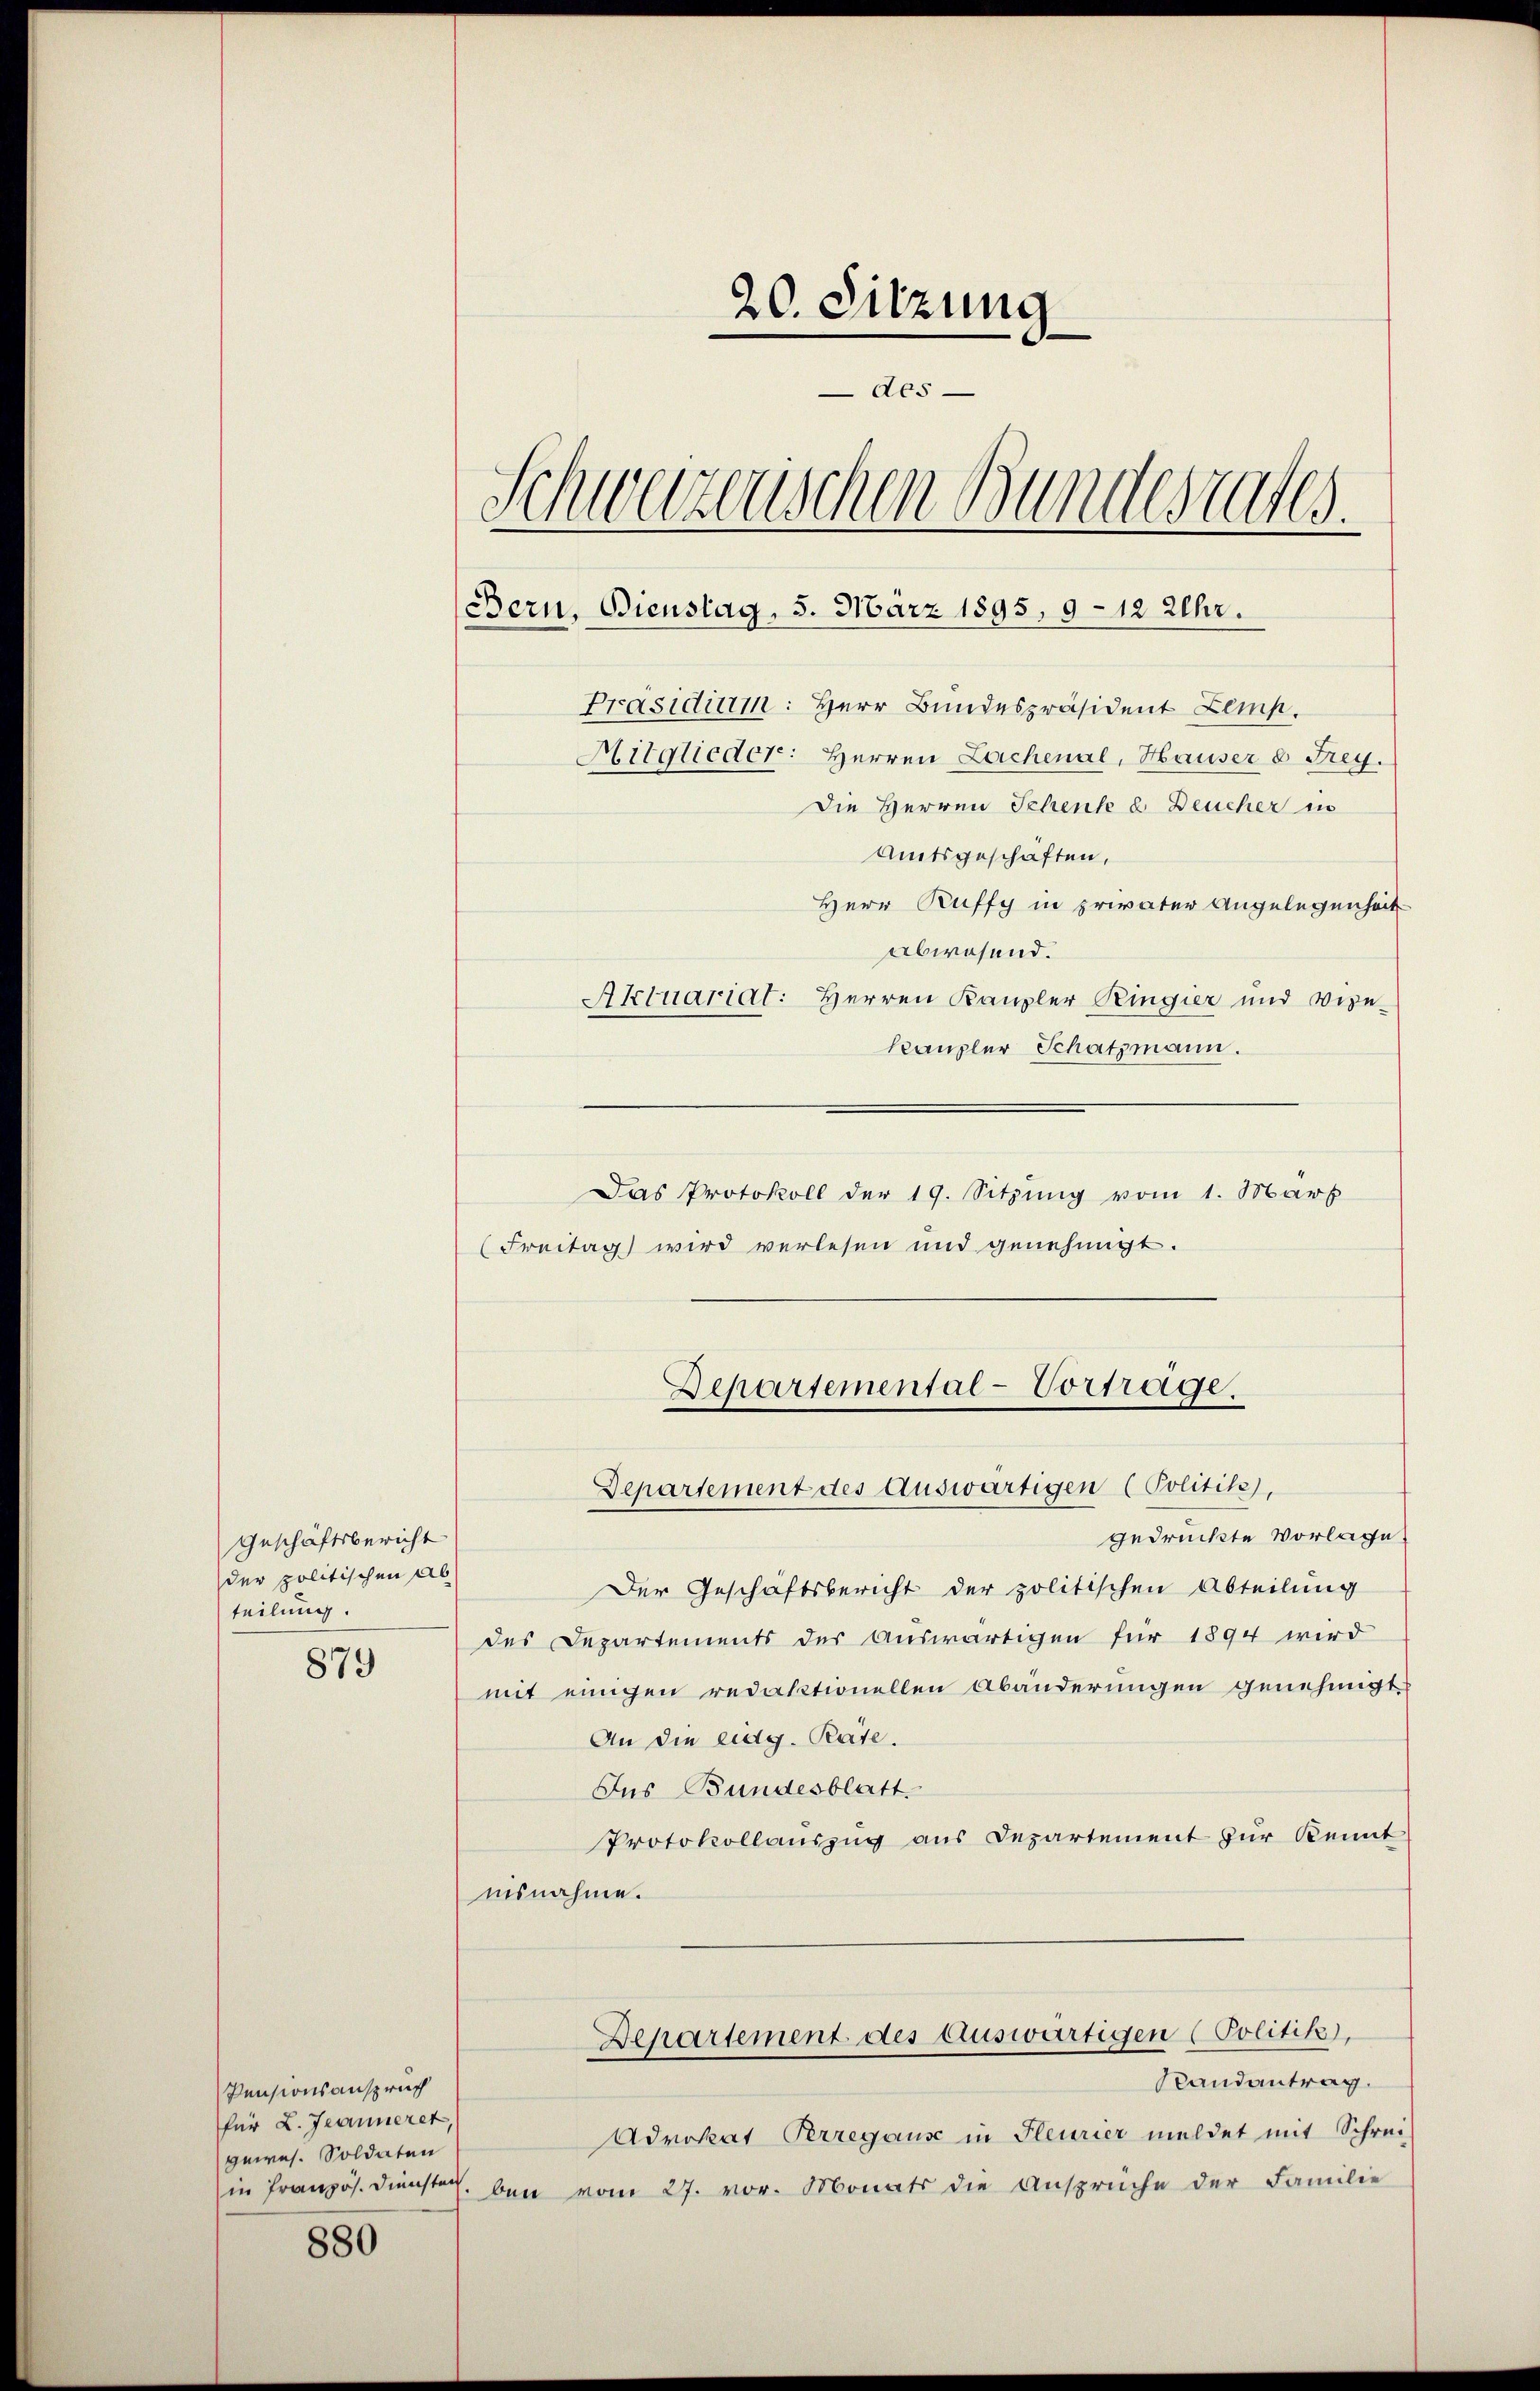
Geschäftsbericht
der politischen Ab
teilung.

879

Pensionsanspruch
für 2. Jeanneret,
gewes. Soldaten
in Französ. Diensten

880

20. Sitzung
des.
Schweizerischen Bundesrates.
Bern, Bienstag, 5. März 1895, 9 - 12 Uhr.
Präsidium: Herr Bundespräsident Zemp.
Mitglieder: Herren Lachenal, Hauser 8 Frey.
Die Herren Schenk & Deucher in
Amtsgeschaften,

Herr Ruffy in privater Angelegenheit
abwesend.
Aktuariat: Herren Kanzler Ringier und Vize-
kanzler Schatzmann.
Das Protokoll der 19. Sitzung vom 1. März
(Freitag wird verlesen und genehmigt.

gedrückte Vorlage.
Der Geschäftsbericht der politischen Abteilung
des Departements der Auswärtigen für 1894 wird
mit einigen redaktionellen Abänderungen genehmigt
An die eidg. Pate.
Ins Bundesblatt
Protokollauszug aus Departement zur Kennt
isnahme.
Departement des Auswärtigen (Politik,
Randantrag.
Advokat Perregause in Pleurier meldet mit Schrei-
ben vom 27. vor. Monats die Ansprüche der Familie

Departemental-Vorträge.
Departement des Auswärtigen (Politik),